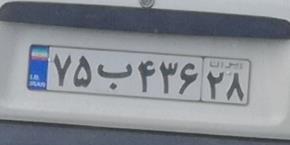
۷۵ب۴۳۶۲۸